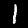
Digit: 1